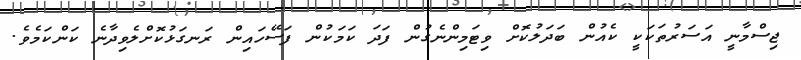
ޖިސްމާނީ އަސަރުތަކަކީ ކެއުން ބަދަލުކޮށް ވިޓަމިންނެގުން ފަދަ ކަމަކުން ފަސޭހައިން ރަނގަޅުކޮށްލެވިދާނެ ކަންކަމެވެ.